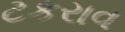
ટકરાવ